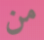
من